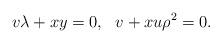
LaTeX: \begin{align*}v\lambda + xy=0,~~v+xu\rho^2=0.\end{align*}